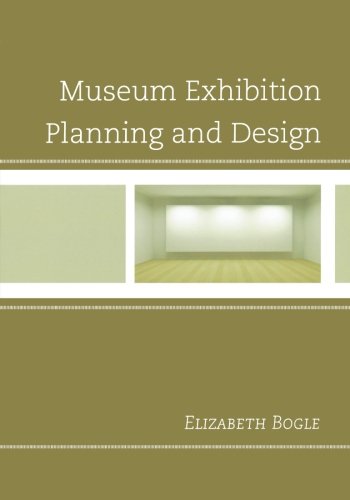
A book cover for Museum Exhibition Planning and Design; Elizabeth Bogle; Business & Money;